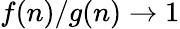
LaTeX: f(n)/g(n)\to 1